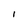
Character: I